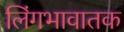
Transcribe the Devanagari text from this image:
लिंगभावातक